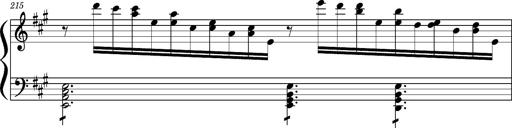
Title: Concerto sans orchestre, S.524a
Composer: Franz Liszt
Key: A major